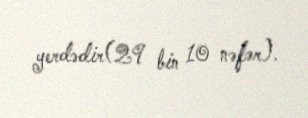
yerdədir(29 bin 10 nəfər).